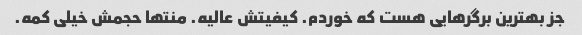
جز بهترین برگرهایی هست که خوردم. کیفیتش عالیه. منتها حجمش خیلی کمه.